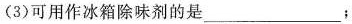
(3)可用作冰箱除味剂的是___；